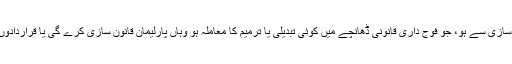
لیکن جس معاملے کا تعلق قانون سازی سے ہو، جو فوج داری قانونی ڈھانچے میں کوئی تبدیلی یا ترمیم کا معاملہ ہو وہاں پارلیمان قانون سازی کرے گی یا قراردادوں کے دفتر لکھنے بیٹھ جائے گی۔